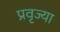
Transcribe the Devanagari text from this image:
प्रवृज्या